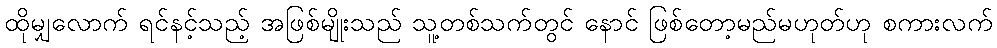
ထိုမျှလောက် ရင်နင့်သည့် အဖြစ်မျိုးသည် သူ့တစ်သက်တွင် နောင် ဖြစ်တော့မည်မဟုတ်ဟု စကားလက်